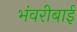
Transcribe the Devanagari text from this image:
भंवरीबाई